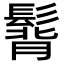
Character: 𩭿